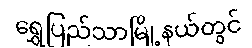
ရွှေပြည်သာမြို့နယ်တွင်